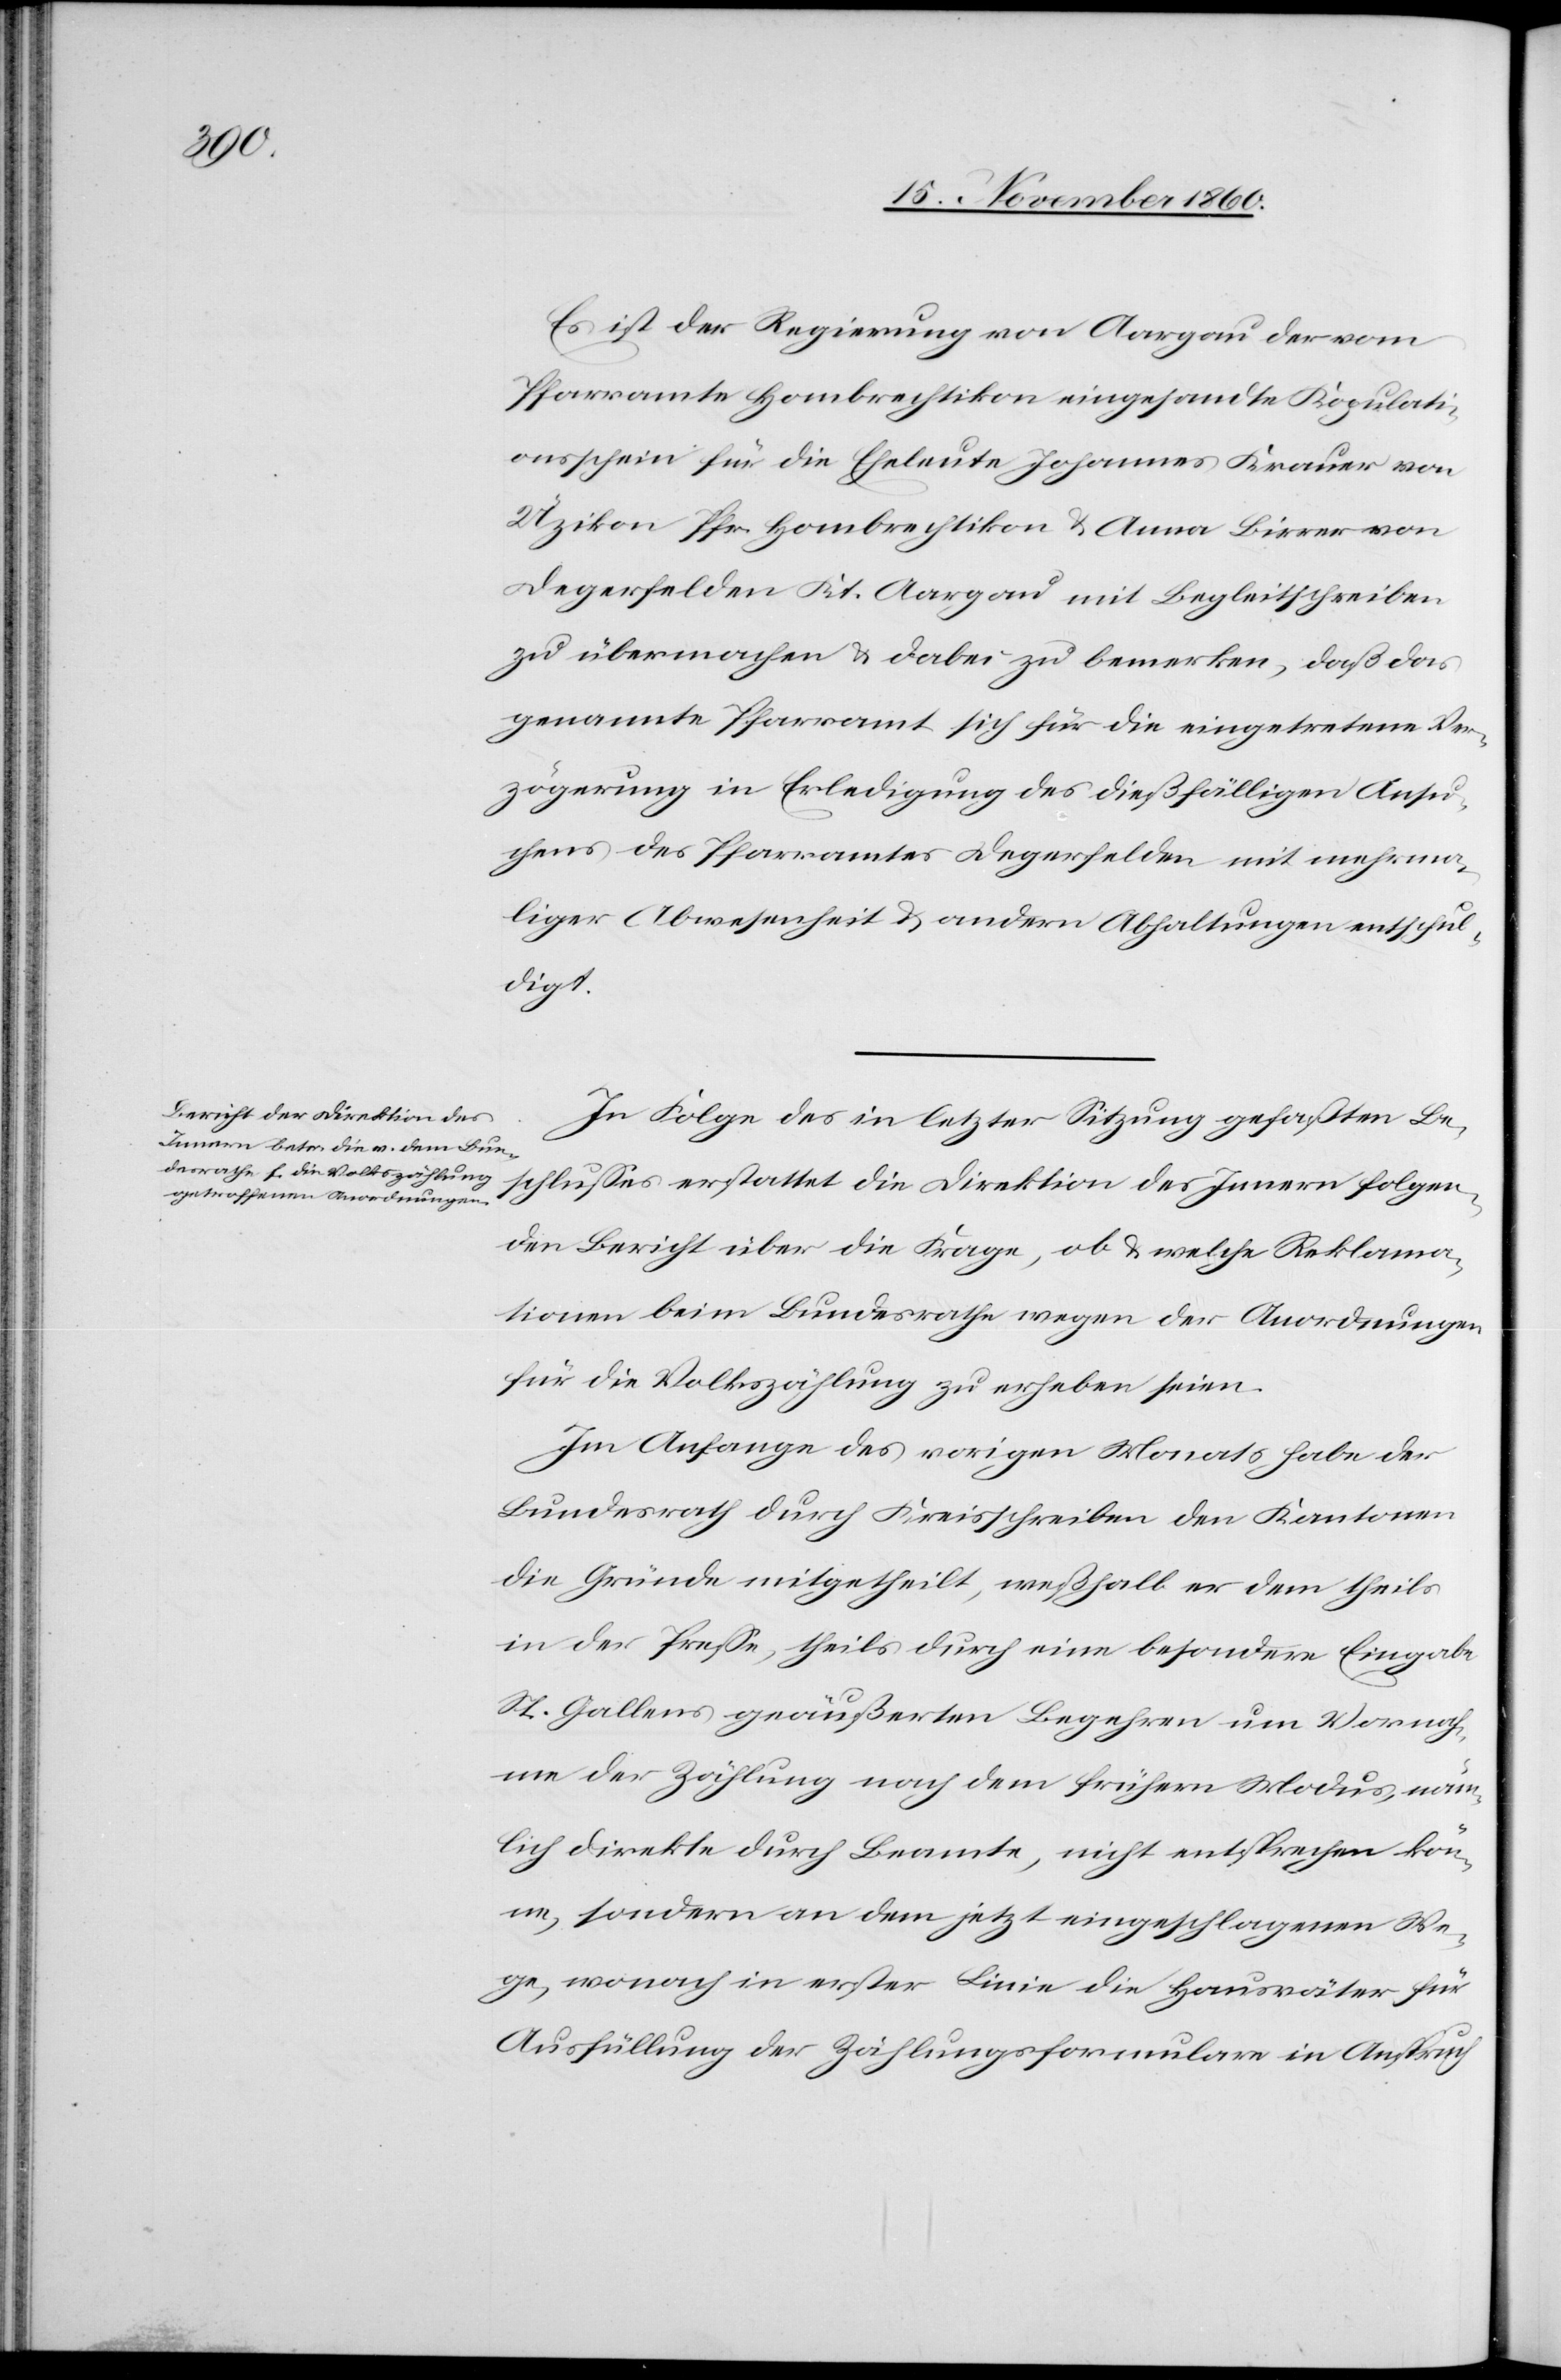
Es ist der Regierungsrath von Aargau der vom
Pfarramte Hombrechtikon eingesandte Kopulati¬
onsschein für die Eheleute Johannes Krauer von
Üzikon Pfr. Hombrechtikon u. Anna Birrer von
Degerfelden Kt. Aargau mit Begleitschreiben
zu übermachen u. dabei zu bemerken, daß das
genannte Pfarramt sich für die eingetretene Ver¬
zögerung in Erledigung des dießfälligen Ansu¬
chens des Pfarramtes Degerfelden mit mehrma¬
liger Abwesenheit u. andern Abhaltungen entschul¬
digt.
In Folge des in letzter Sitzung gefaßten Be¬
schlusses erstattet die Direktion des Innern folgen¬
den Bericht über die Frage, ob u. welche Reklama¬
tionen beim Bundesrathe wegen der Anordnungen
für die Volkszählung zu erheben seien.
Im Anfange des vorigen Monats habe der
Bundesrath durch Kreisschreiben den Kantonen
die Gründe mitgetheilt, weßhalb er dem theils
in der Presse, theils durch eine besondere Eingaben
St. Gallens geäußerten Begehren um Vornah¬
me der Zählung nach dem frühern Modus, näm¬
lich direkte durch Beamte, nicht entsprechen kön¬
ne, sondern an dem jetzt eingeschlagenen We¬
ge, wonach in erster Linie die Hausväter für
Ausfüllung der Zählungsformulare in Anspruch